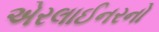
એરલાઈનરનો